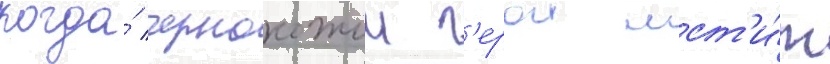
когда́ чернокожии г'ерои мст'и́т